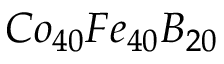
C o _ { 4 0 } F e _ { 4 0 } B _ { 2 0 }